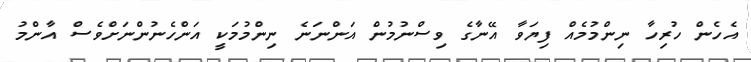
އެހެން ހުރިހާ ނިންމުމެއް ފިޔަވާ އޭނާގެ ވިސްނުމުން އަންނަނެ ނިންމުމަކީ އަންހެނުންނަށްވެސް އާންމު